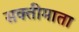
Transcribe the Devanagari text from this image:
सक्तीमाता